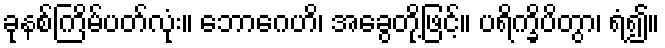
ခုနစ်ကြိမ်ပတ်လုံး။ ဘောဂေဟိ၊ အခွေတို့ဖြင့်။ ပရိက္ခိပိတွာ၊ ရံ၍။